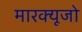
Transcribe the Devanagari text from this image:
मारक्यूजो